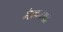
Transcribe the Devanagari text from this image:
मेलनमई